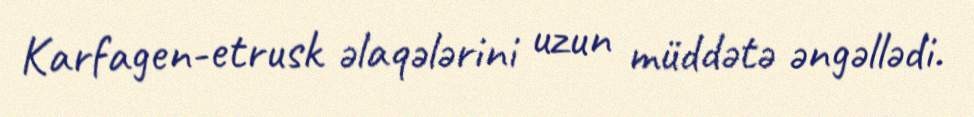
Karfagen-etrusk əlaqələrini uzun müddətə əngəllədi.